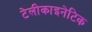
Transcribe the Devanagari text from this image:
टेलीकाइनेटिक